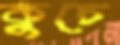
কুচে